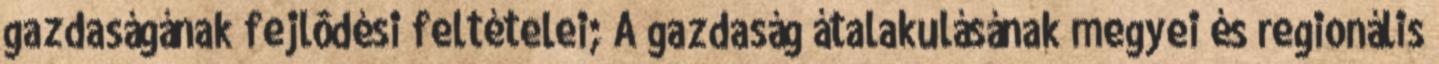
gazdaságának fejlôdési feltételei; A gazdaság átalakulásának megyei és regionális